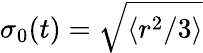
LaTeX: \sigma_{0}(t)=\sqrt{\langle r^{2}/3\rangle}